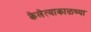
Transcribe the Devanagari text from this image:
केलेत्याकाळच्या